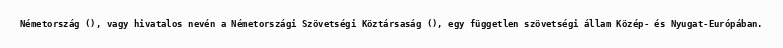
Németország (), vagy hivatalos nevén a Németországi Szövetségi Köztársaság (), egy független szövetségi állam Közép- és Nyugat-Európában.